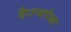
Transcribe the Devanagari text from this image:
वैराग्यापेक्षा